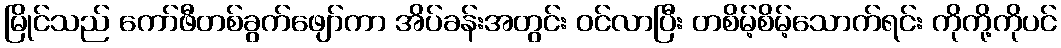
မြိုင်သည် ကော်ဖီတစ်ခွက်ဖျော်ကာ အိပ်ခန်းအတွင်း ဝင်လာပြီး တစိမ့်စိမ့်သောက်ရင်း ကိုကို့ကိုပင်